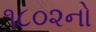
૧૮૦૨નો